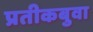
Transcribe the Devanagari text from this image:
प्रतीकबुवा